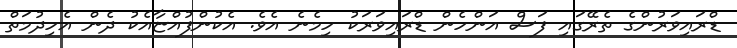
ޑްރައިވަރުންގެ ތެރޭގައި ފަސް އަންހެން ޑްރައިވަރަކު ހިމެނެ އެވެ. އެކުންފުއްޏާއެކު ދެން އެހިދުމަތް